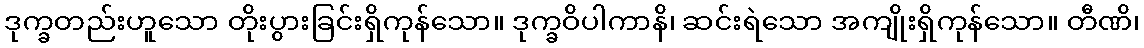
ဒုက္ခတည်းဟူသော တိုးပွားခြင်းရှိကုန်သော။ ဒုက္ခဝိပါကာနိ၊ ဆင်းရဲသော အကျိုးရှိကုန်သော။ တီဏိ၊